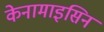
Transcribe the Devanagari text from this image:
केनामाइसिन